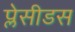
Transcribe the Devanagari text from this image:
प्लेसीडस